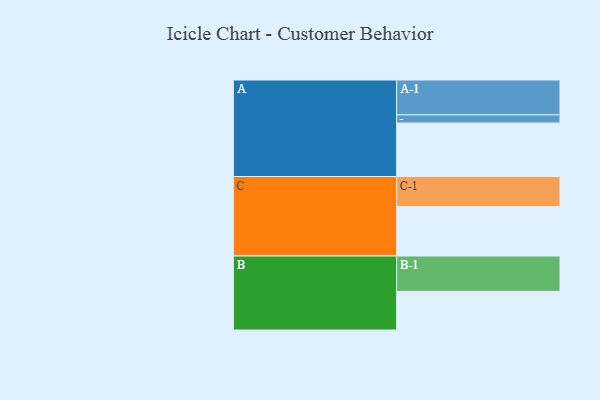
{"axis": {"x": "Segment", "y": "Value"}, "legend": ["", "A", "B", "C"], "data": [{"x": "A", "y": 425, "type": ""}, {"x": "B", "y": 307, "type": ""}, {"x": "C", "y": 392, "type": ""}, {"x": "A-1", "y": 277, "type": "A"}, {"x": "A-2", "y": 65, "type": "A"}, {"x": "B-1", "y": 281, "type": "B"}, {"x": "C-1", "y": 240, "type": "C"}]}